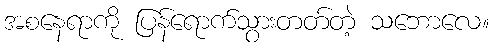
အစနေရာကို ပြန်ရောက်သွားတတ်တဲ့ သဘောလေ။